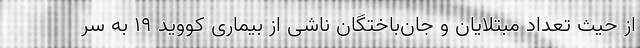
از حیث تعداد مبتلایان و جان‌باختگان ناشی از بیماری کووید ۱۹ به سر